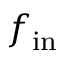
f _ { \mathrm { i n } }